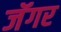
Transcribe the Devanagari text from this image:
जॅगर